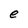
Character: e